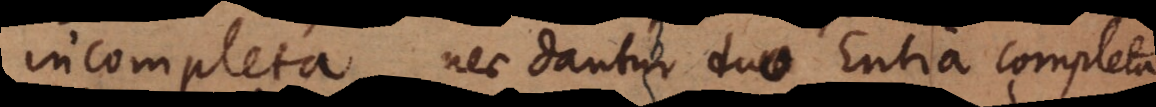
incompleta, nec dantur duo Entia completa